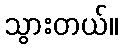
သွားတယ်။